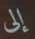
إلى